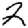
Digit: 2